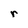
Character: r